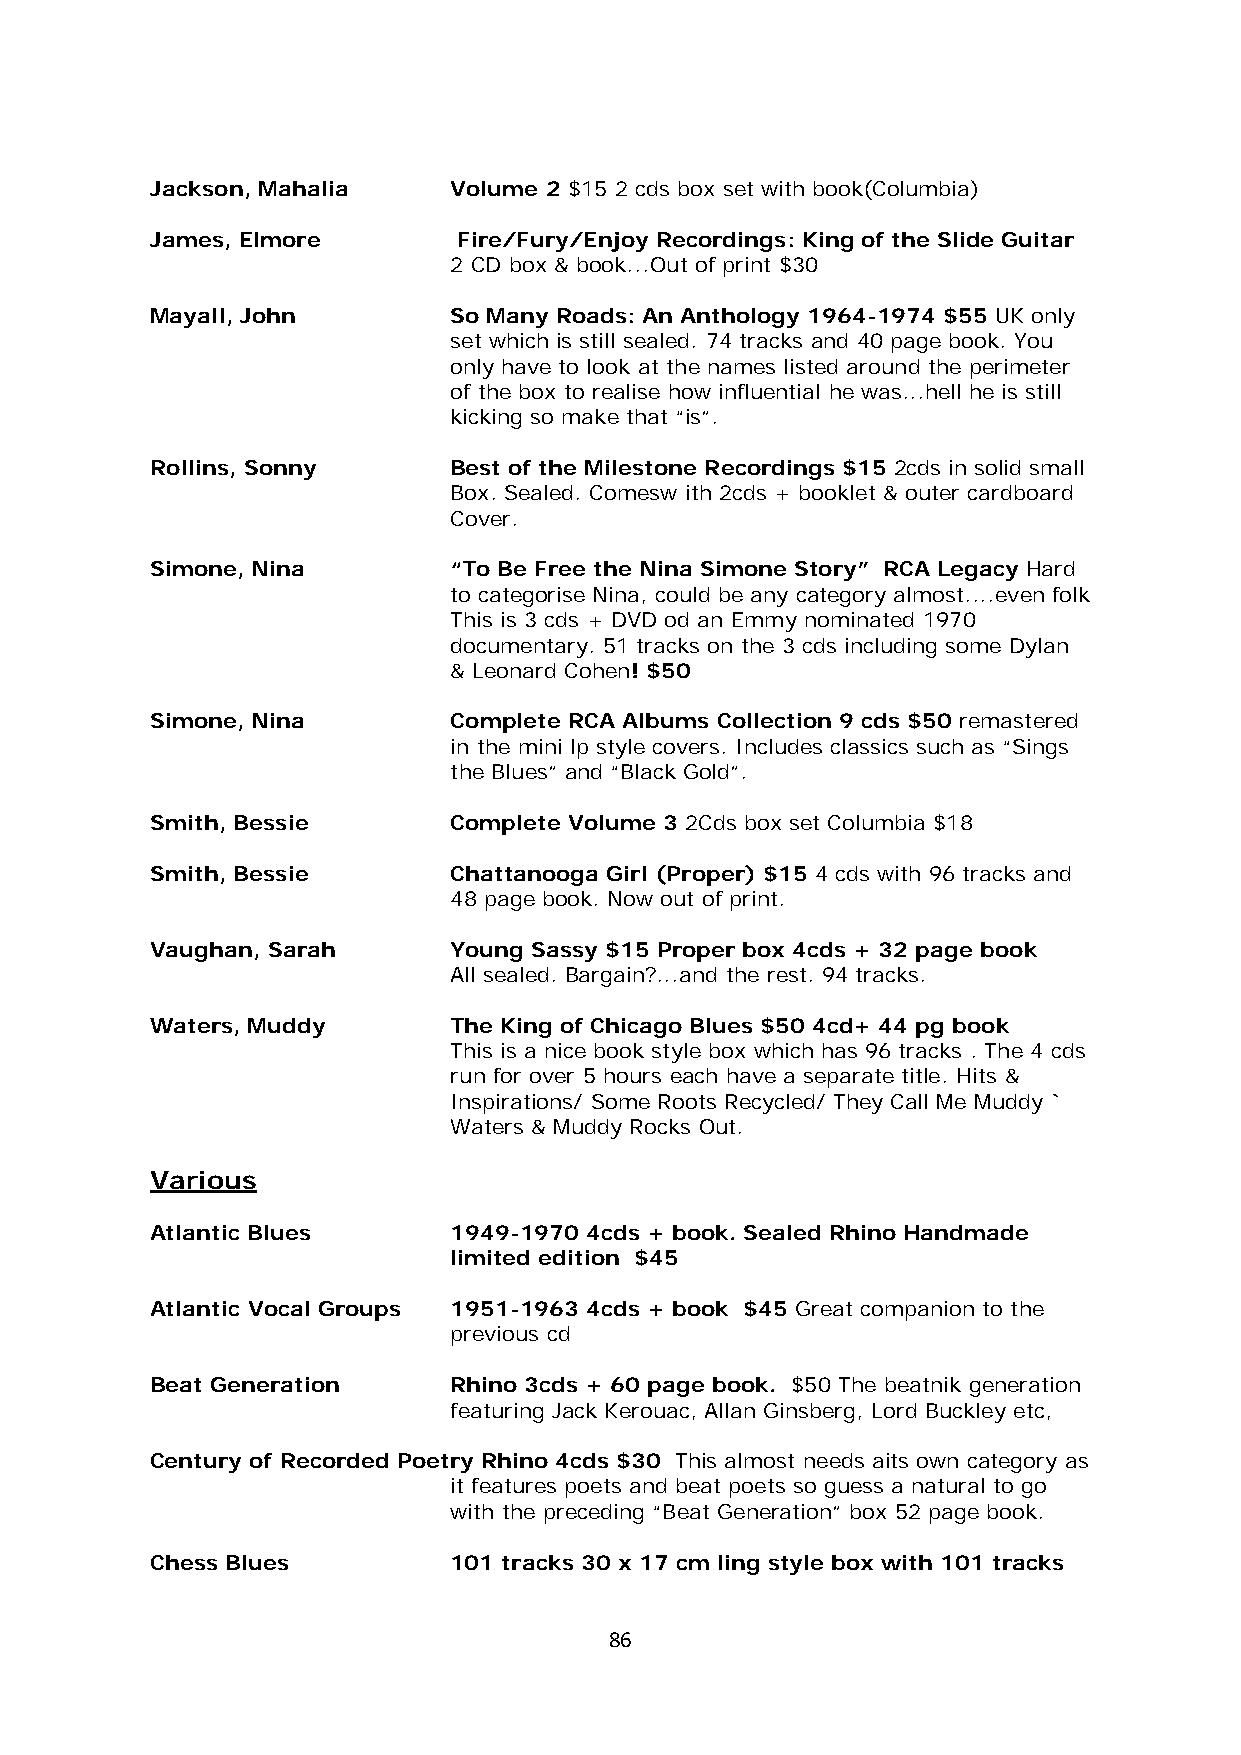
Jackson, Mahalia    Volume 2 $15 2 cds box set with book(Columbia)
 James, Elmore       Fire/Fury/Enjoy Recordings: King of the Slide Guitar
 2 CD box & book...Out of print $30
 Mayall, John        So Many Roads: An Anthology 1964-1974 $55 UK only
 set which is still sealed. 74 tracks and 40 page book. You
 only have to look at the names listed around the perimeter
 of the box to realise how influential he was...hell he is still
 kicking so make that “is”.
 Rollins, Sonny      Best of the Milestone Recordings $15 2cds in solid small
 Box. Sealed. Comesw ith 2cds + booklet & outer cardboard
 Cover.
 Simone, Nina        “To Be Free the Nina Simone Story” RCA Legacy Hard
 to categorise Nina, could be any category almost....even folk
 This is 3 cds + DVD od an Emmy nominated 1970
 documentary. 51 tracks on the 3 cds including some Dylan
 & Leonard Cohen! $50
 Simone, Nina        Complete RCA Albums Collection 9 cds $50 remastered
 in the mini lp style covers. Includes classics such as “Sings
 the Blues” and “Black Gold”.
 Smith, Bessie       Complete Volume 3 2Cds box set Columbia $18
 Smith, Bessie       Chattanooga Girl (Proper) $15 4 cds with 96 tracks and
 48 page book. Now out of print.
 Vaughan, Sarah      Young Sassy $15 Proper box 4cds + 32 page book
 All sealed. Bargain?...and the rest. 94 tracks.
 Waters, Muddy       The King of Chicago Blues $50 4cd+ 44 pg book
 This is a nice book style box which has 96 tracks . The 4 cds
 run for over 5 hours each have a separate title. Hits &
 Inspirations/ Some Roots Recycled/ They Call Me Muddy `
 Waters & Muddy Rocks Out.
 Various
 Atlantic Blues      1949-1970 4cds + book. Sealed Rhino Handmade
 limited edition $45
 Atlantic Vocal Groups 1951-1963 4cds + book $45 Great companion to the
 previous cd
 Beat Generation     Rhino 3cds + 60 page book. $50 The beatnik generation
 featuring Jack Kerouac, Allan Ginsberg, Lord Buckley etc,
 Century of Recorded Poetry Rhino 4cds $30 This almost needs aits own category as
 it features poets and beat poets so guess a natural to go
 with the preceding “Beat Generation” box 52 page book.
 Chess Blues         101 tracks 30 x 17 cm ling style box with 101 tracks
 86